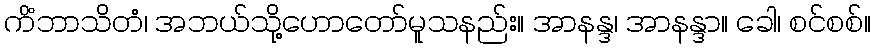
ကိံဘာသိတံ၊ အဘယ်သို့ဟောတော်မူသနည်း။ အာနန္ဒ၊ အာနန္ဒာ။ ခေါ၊ စင်စစ်။